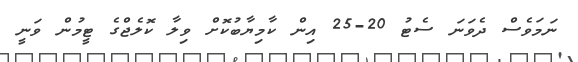
ނަމަވެސް ދެވަނަ ސެޓު 20-25 އިން ކާމިޔާބުކޮށް ވިލާ ކޮލެޖްގެ ޓީމުން ވަނީ